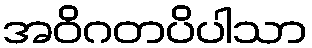
အဝိဂတပိပါသာ